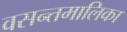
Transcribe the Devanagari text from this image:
वसन्तमालिका